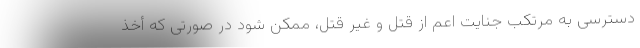
دسترسی به مرتکب جنایت اعم از قتل و غیر قتل، ممکن شود در صورتی که أخذ